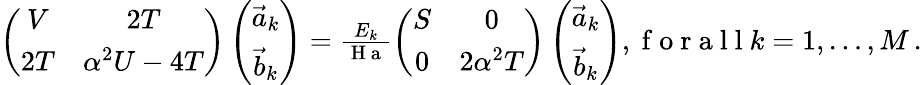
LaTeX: \begin{array}{r}{\left(\begin{array}{cc}{V}&{2T}\\ {2T}&{\alpha^{2}U-4T}\end{array}\right)\left(\begin{array}{c}{\vec{a}_{k}}\\ {\vec{b}_{k}}\end{array}\right)=\frac{E_{k}}{\mathrm{~H~a~}}\left(\begin{array}{cc}{S}&{0}\\ {0}&{2\alpha^{2}T}\end{array}\right)\left(\begin{array}{c}{\vec{a}_{k}}\\ {\vec{b}_{k}}\end{array}\right),\mathrm{~f~o~r~a~l~l~}k=1,\dots,M\, .}\end{array}